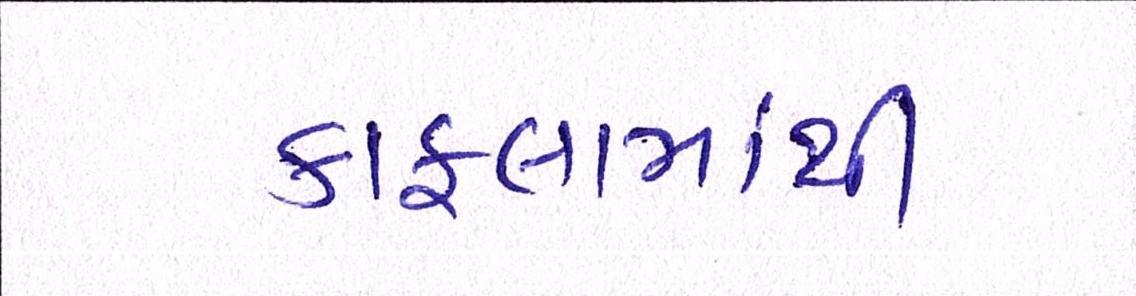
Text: કાફલામાંથી